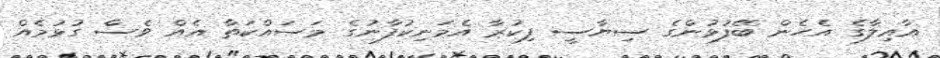
އާއިލާގެ އެހެން ބޭފުޅުންގެ ސިޔާސީ ފިކުރާ އެމަނިކުފާނުގެ މަސައްކަތާ އެއް ވެސް ގުޅުމެއް